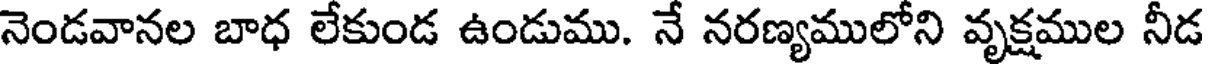
నెండవానల బాధ లేకుండ ఉండుము. నే నరణ్యములోని వృక్షముల నీడ